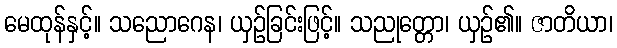
မေထုန်နှင့်။ သညောဂေန၊ ယှဉ်ခြင်းဖြင့်။ သညုတ္တော၊ ယှဉ်၏။ ဇာတိယာ၊